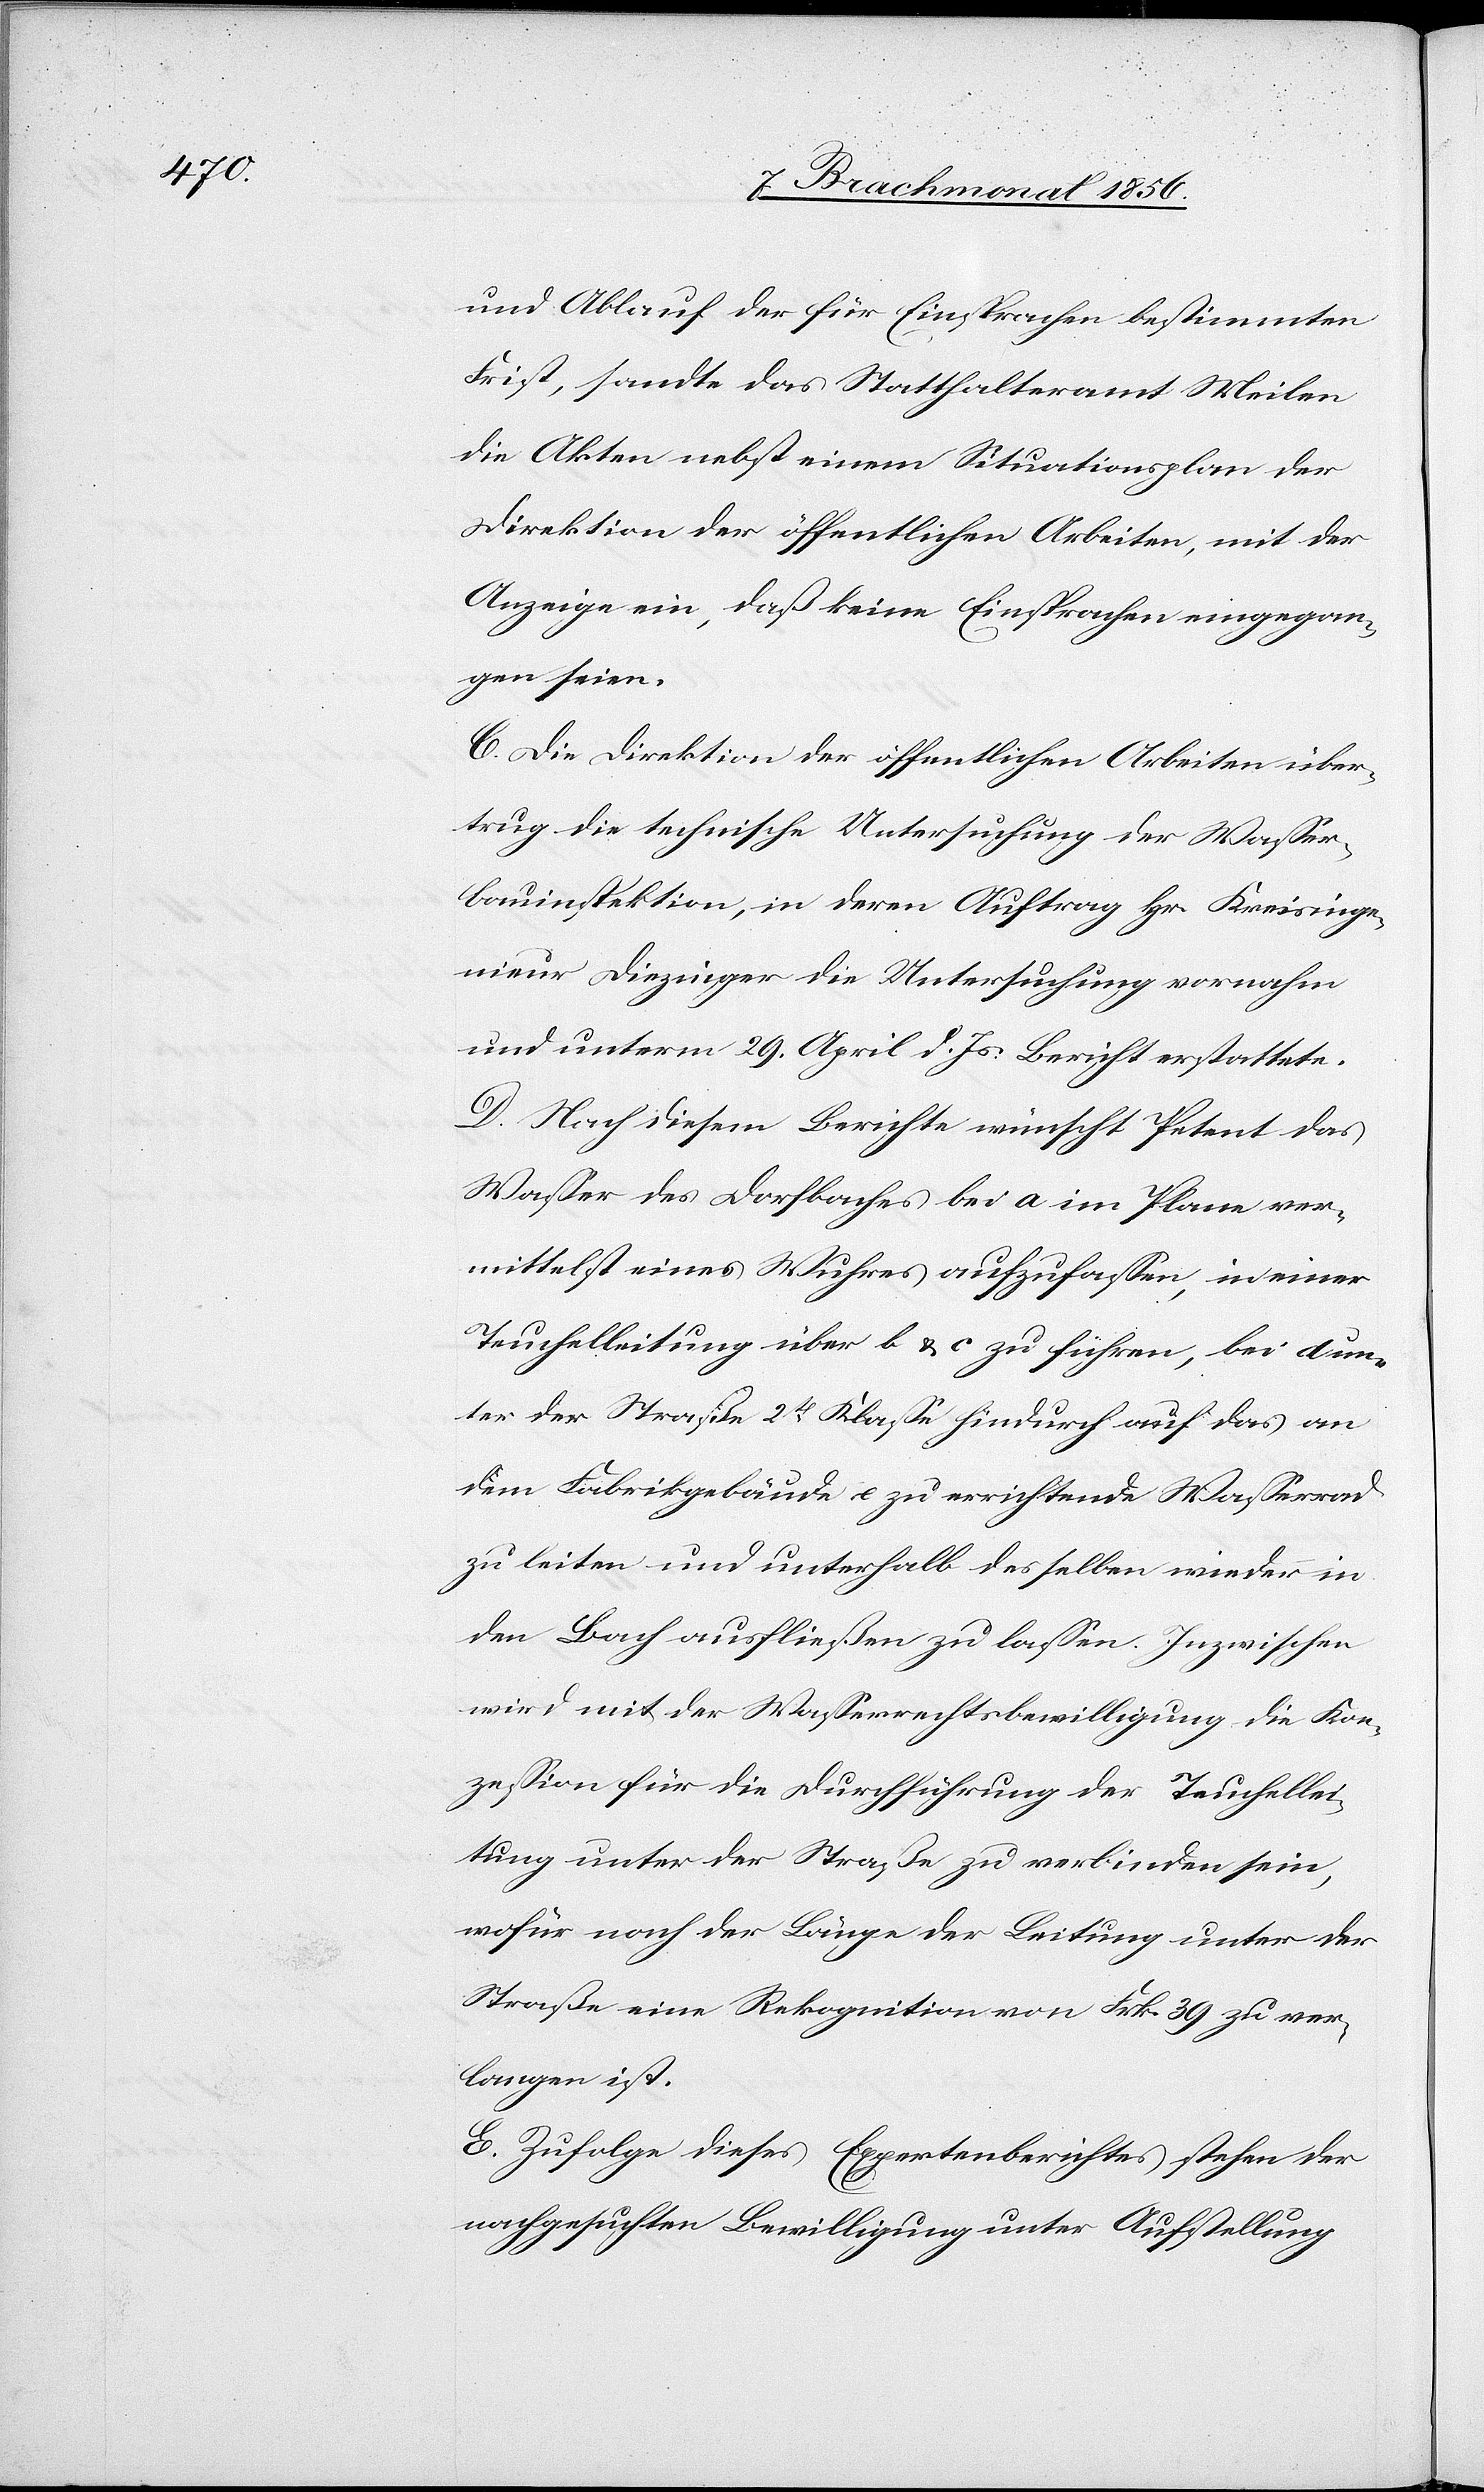
und Ablauf der für Einsprachen bestimmten
Frist, sandte das Statthalteramt Meilen
die Akten nebst einem Situationsplan der
Direktion der öffentlichen Arbeiten, mit der
Anzeige ein, daß keine Einsprachen eingegan¬
gen seien.
C. Die Direktion der öffentlichen Arbeiten über¬
trug die technische Untersuchung der Wasser¬
bauinspektion, in deren Auftrag Hr. Kreisinge¬
nieur Diezinger die Untersuchung vornahm
und unterm 29. April d. Js. Bericht erstattete.
D. Nach diesem Berichte wünscht Petent das
Wasser des Dorfbaches bei a im Plane ver¬
mittelst eines Wuhres aufzufassen, in einer
Teuchelleitung über b & c zu führen, bei d un¬
ter der Straße 2t Klasse hindurch auf das an
dem Fabrikgebäude e zu errichtende Wasserrad
zu leiten und unterhalb desselben wieder in
den Bach ausfließen zu lassen. Inzwischen
wird mit der Wasserrechtsbewilligung die Kon¬
zession für die Durchführung der Teuchellei¬
tung unter der Straße zu verbinden sein,
wofür nach der Länge der Leitung unter der
Straße eine Rekognition von Frk. 39 zu ver¬
langen ist.
E. Zufolge dieses Expertenberichtes stehen der
nachgesuchten Bewilligung unter Aufstellung